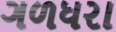
ગળધરા